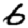
Digit: 6